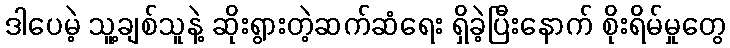
ဒါပေမဲ့ သူ့ချစ်သူနဲ့ ဆိုးရွားတဲ့ဆက်ဆံရေး ရှိခဲ့ပြီးနောက် စိုးရိမ်မှုတွေ